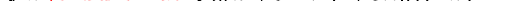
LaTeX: \smash{\sqrt{\pi}\ensuremath{\mathcal{N}_{\! p}{\! \: }}a^{3}/6\to(2/3n_{0})(4\pi)^{-3/2}}